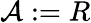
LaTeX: {\mathcal{A}}:=R